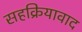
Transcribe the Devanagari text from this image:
सहक्रियावाद